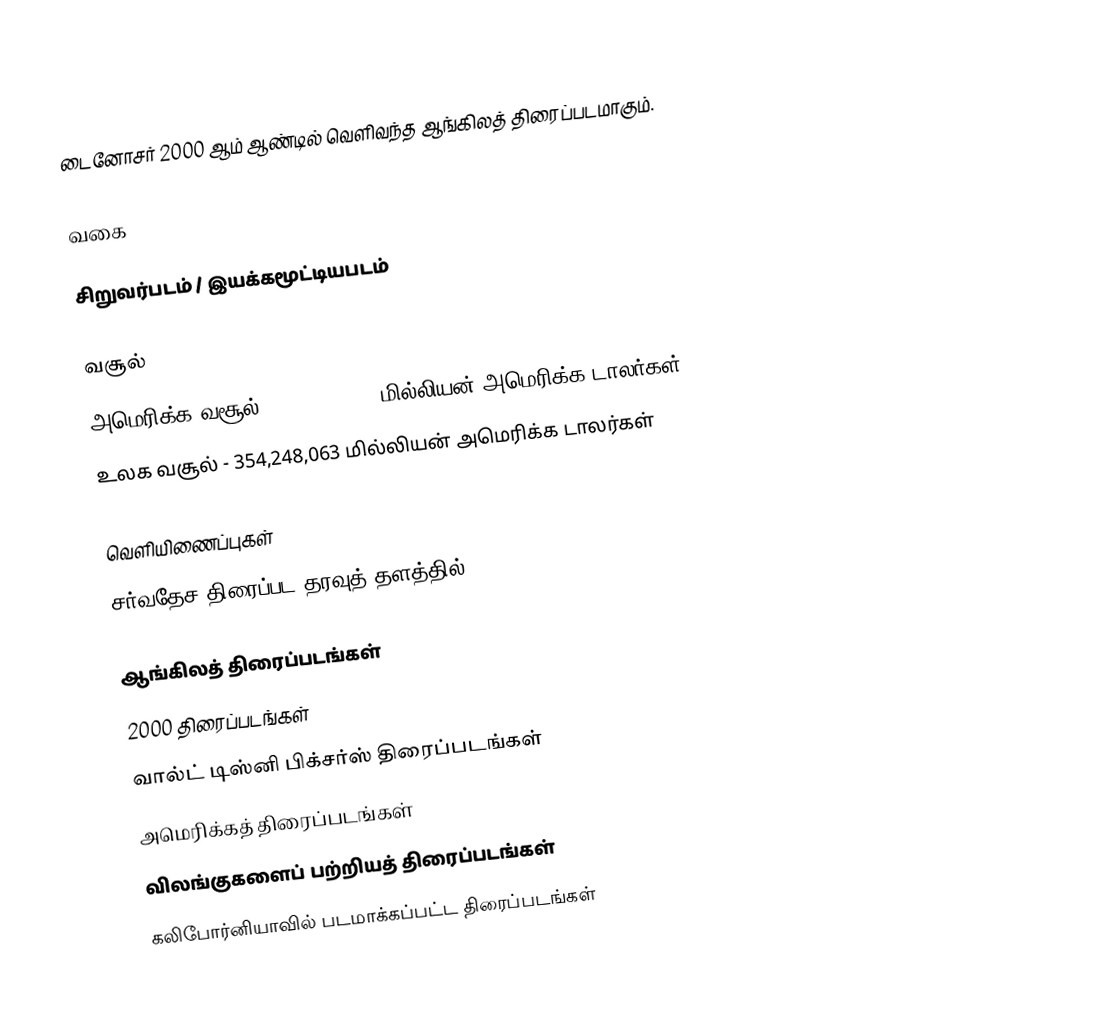
டைனோசர்  2000 ஆம் ஆண்டில் வெளிவந்த ஆங்கிலத் திரைப்படமாகும்.

வகை

சிறுவர்படம் / இயக்கமூட்டியபடம்

வசூல்
அமெரிக்க வசூல் -  137,748,063 மில்லியன் அமெரிக்க டாலர்கள்
உலக வசூல்      - 354,248,063 மில்லியன் அமெரிக்க டாலர்கள்

வெளியிணைப்புகள்
சர்வதேச திரைப்பட தரவுத் தளத்தில்

ஆங்கிலத் திரைப்படங்கள்
2000 திரைப்படங்கள்
வால்ட் டிஸ்னி பிக்சர்ஸ் திரைப்படங்கள்
அமெரிக்கத் திரைப்படங்கள்
விலங்குகளைப் பற்றியத் திரைப்படங்கள்
கலிபோர்னியாவில் படமாக்கப்பட்ட திரைப்படங்கள்